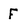
Character: F